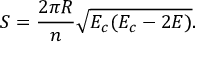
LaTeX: S = \frac { 2 \pi R } { n } \sqrt { E _ { c } ( E _ { c } - 2 E ) } .